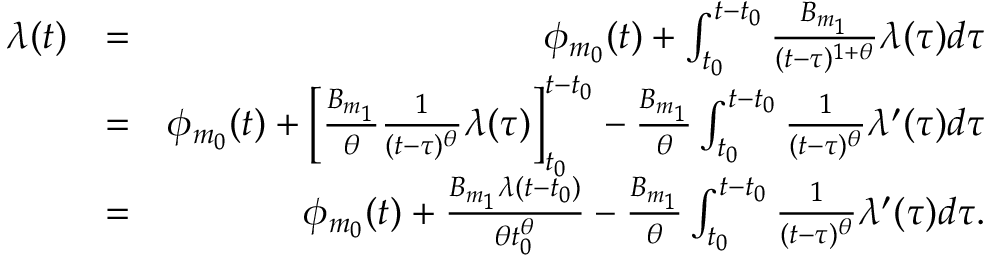
\begin{array} { r l r } { \lambda ( t ) } & { = } & { \phi _ { m _ { 0 } } ( t ) + \int _ { t _ { 0 } } ^ { t - t _ { 0 } } \frac { B _ { m _ { 1 } } } { ( t - \tau ) ^ { 1 + \theta } } \lambda ( \tau ) d \tau } \\ & { = } & { \phi _ { m _ { 0 } } ( t ) + \Big [ \frac { B _ { m _ { 1 } } } { \theta } \frac { 1 } { ( t - \tau ) ^ { \theta } } \lambda ( \tau ) \Big ] _ { t _ { 0 } } ^ { t - t _ { 0 } } - \frac { B _ { m _ { 1 } } } { \theta } \int _ { t _ { 0 } } ^ { t - t _ { 0 } } \frac { 1 } { ( t - \tau ) ^ { \theta } } \lambda ^ { \prime } ( \tau ) d \tau } \\ & { = } & { \phi _ { m _ { 0 } } ( t ) + \frac { B _ { m _ { 1 } } \lambda ( t - t _ { 0 } ) } { \theta t _ { 0 } ^ { \theta } } - \frac { B _ { m _ { 1 } } } { \theta } \int _ { t _ { 0 } } ^ { t - t _ { 0 } } \frac { 1 } { ( t - \tau ) ^ { \theta } } \lambda ^ { \prime } ( \tau ) d \tau . } \end{array}